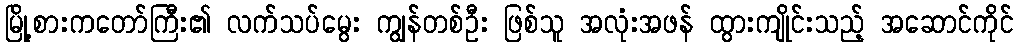
မြို့စားကတော်ကြီး၏ လက်သပ်မွေး ကျွန်တစ်ဦး ဖြစ်သူ အလုံးအဖန် ထွားကျိုင်းသည့် အဆောင်ကိုင်